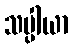
သပ္ပါယာ